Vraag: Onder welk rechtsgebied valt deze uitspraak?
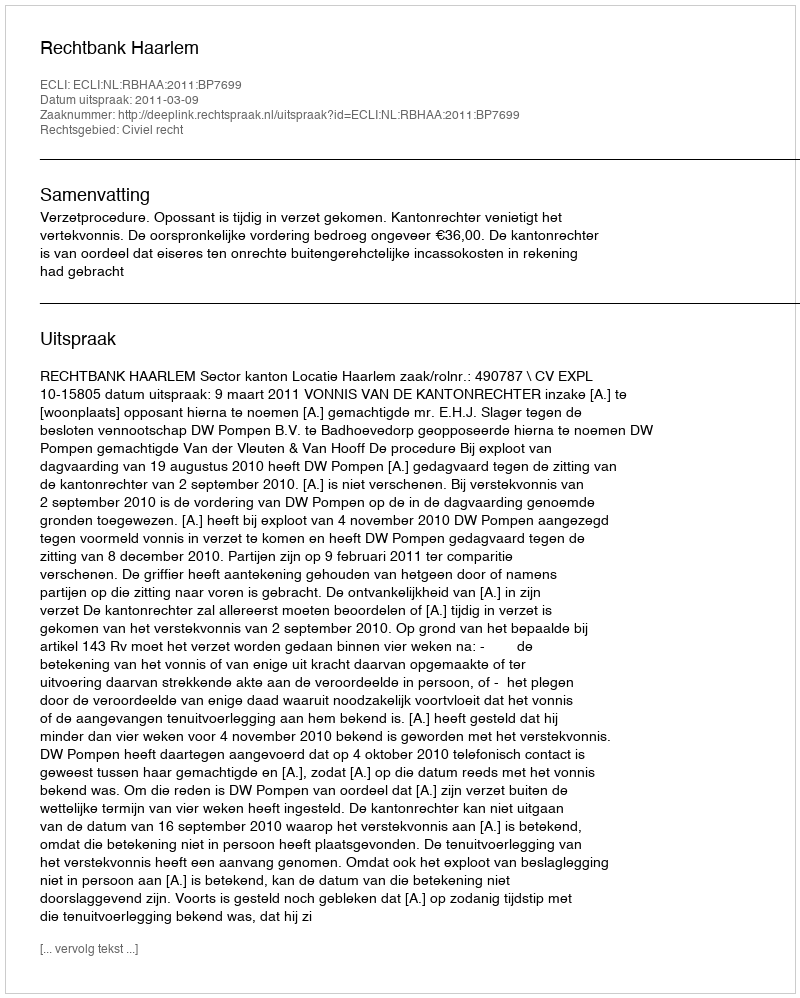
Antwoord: Civiel recht